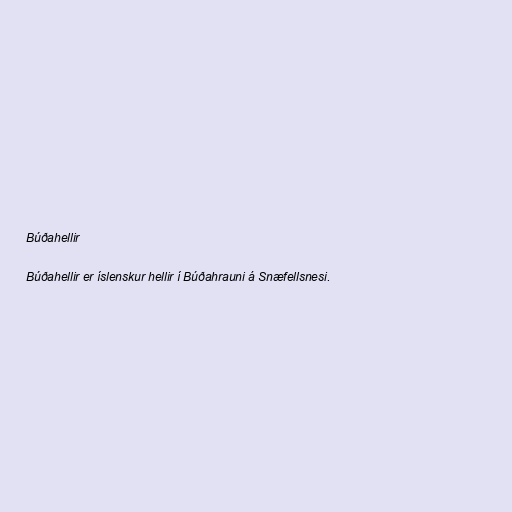
Búðahellir

Búðahellir er íslenskur hellir í Búðahrauni á Snæfellsnesi.